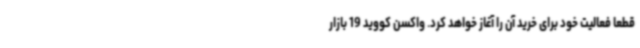
قطعا فعالیت خود برای خرید آن را آغاز خواهد کرد. واکسن کووید 19 بازار